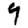
Digit: 9